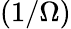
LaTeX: (1/\Omega)